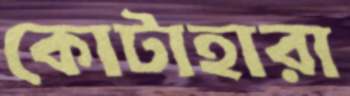
কোটাহারা